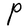
Character: P